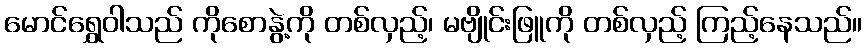
မောင်ရွှေဝါသည် ကိုစောနွဲ့ကို တစ်လှည့်၊ မဗျိုင်းဖြူကို တစ်လှည့် ကြည့်နေသည်။